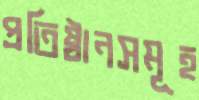
প্রতিষ্ঠানসমূহ